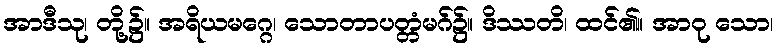
အာဒီသု၊ တို့၌။ အရိယမဂ္ဂေ၊ သောတာပတ္တံမဂ်၌။ ဒိဿတိ၊ ထင်၏။ အာဝု သော၊